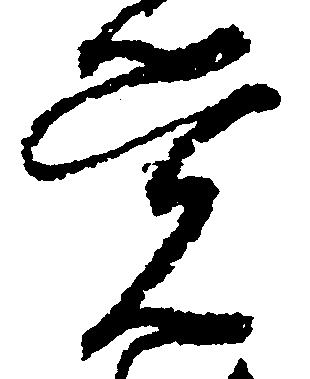
覚